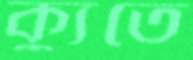
ক্যুতে